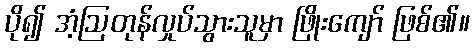
ပို၍ အံ့ဩတုန်လှုပ်သွားသူမှာ ဖြိုးကျော် ဖြစ်၏။